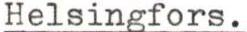
Helsingfors.